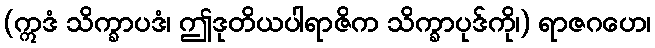
(ဣဒံ သိက္ခာပဒံ၊ ဤဒုတိယပါရာဇိက သိက္ခာပုဒ်ကို၊) ရာဇဂဟေ၊